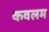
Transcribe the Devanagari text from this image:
कवलम